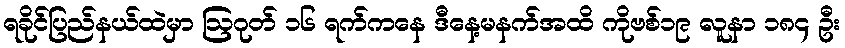
ရခိုင်ပြည်နယ်ထဲမှာ ဩဂုတ် ၁၆ ရက်ကနေ ဒီနေ့မနက်အထိ ကိုဗစ်၁၉ လူနာ ၁၈၄ ဦး